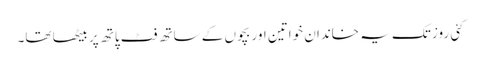
کئی روز تک یہ خاندان خواتین اور بچوں کے ساتھ فٹ پاتھ پر بیٹھا تھا۔